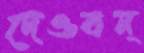
দেওবন্